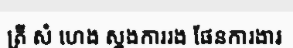
ត្រី សំ ហេង ស្នងការរង ផែនការងារ